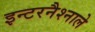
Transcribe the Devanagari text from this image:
इन्टरनैश्नाले